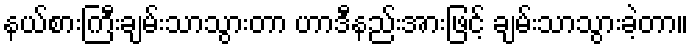
နယ်စားကြီးချမ်းသာသွားတာ ဟာဒီနည်းအားဖြင့် ချမ်းသာသွားခဲ့တာ။